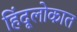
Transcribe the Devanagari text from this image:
हिंदूलोकात